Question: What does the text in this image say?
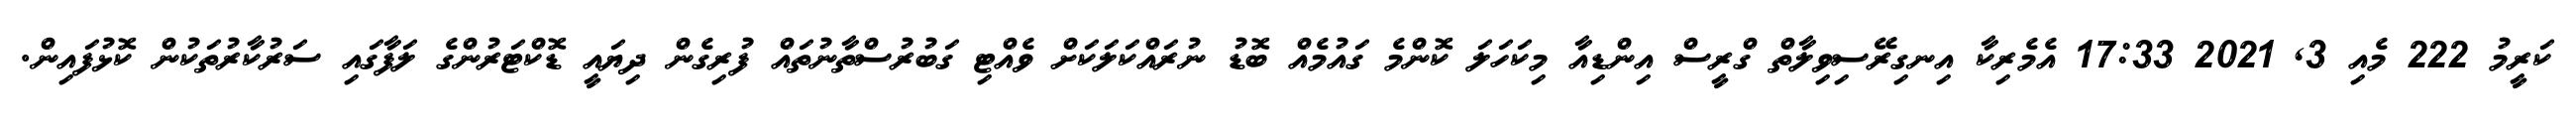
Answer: ކަރީމު 222 މެއި 3, 2021 17:33 އެމެރިކާ އިނގިރޭސިވިލާތް ގްރީސް އިންޑިއާ މިކަހަލަ ކޮންމެ ގައުމެއް ބޮޑު ނުރައްކަލަކަށް ވެއްޓި ގަބުރުސްތާނުތައް ފުރިގެން ދިޔައީ ޑޮކްޓަރުންގެ ލަފާގައި ސަރުކާރުތަކުން ކޮޅުފައިން.